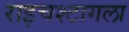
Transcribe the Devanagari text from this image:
राइचश्टागला